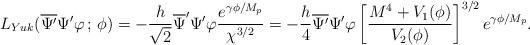
LaTeX: \begin{align*}L_{Yuk}(\overline{\Psi^{\prime}}\Psi^{\prime}\varphi \,;\, \phi)=-\frac{h}{\sqrt{2}}\overline{\Psi}^{\prime}\Psi^{\prime} \varphi \frac{e^{\gamma\phi/M_{p}}}{\chi^{3/2}}= -\frac{h}{4}\overline{\Psi^{\prime}}\Psi^{\prime}\varphi\left[\frac{M^{4}+V_{1}(\phi)}{V_{2}(\phi)}\right]^{3/2}e^{\gamma\phi/M_{p}}. \end{align*}